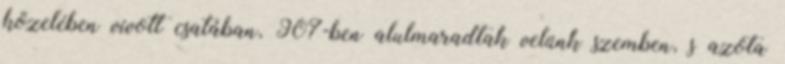
közelében vívott csatában, 907-ben alulmaradtak velünk szemben, s azóta